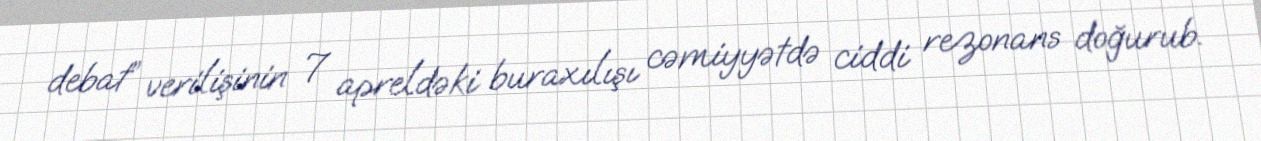
debat” verilişinin 7 apreldəki buraxılışı cəmiyyətdə ciddi rezonans doğurub.